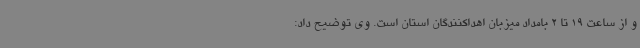
و از ساعت 19 تا 2 بامداد میزبان اهداکنندگان استان است. وی توضیح داد: